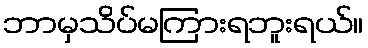
ဘာမှသိပ်မကြားရဘူးရယ်။